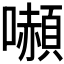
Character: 𭌍